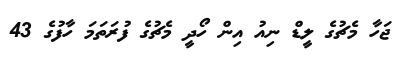
ޖަހާ މެޗުގެ ލީޑް ނިއު އިން ހޯދީ މެޗުގެ ފުރަތަމަ ހާފުގެ 43